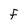
Character: f